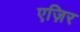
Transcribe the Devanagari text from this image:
एज़िर